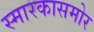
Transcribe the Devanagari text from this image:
स्मारकासमोर